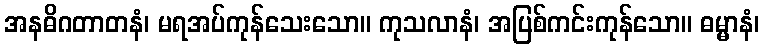
အနဓိဂတာတနံ၊ မရအပ်ကုန်သေးသော။ ကုသလာနံ၊ အပြစ်ကင်းကုန်သော။ ဓမ္မာနံ၊